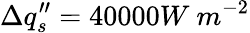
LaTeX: \Delta q_{s}^{\prime\prime}=40000W\ m^{-2}